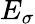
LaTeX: E_{\sigma}